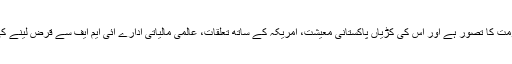
سی پیک میں سعودی عرب کی شراکت کا منصوبہ سو فیصدپاکستانی حکومت کا تصور ہے اور اس کی کڑیاں پاکستانی معیشت، امریکہ کے ساتھ تعلقات، عالمی مالیاتی ادارے آئی ایم ایف سے قرض لینے کی ضرورت اور اس حوالے سے حائل مشکلات سے ملتی دکھائی دیتی ہیں۔